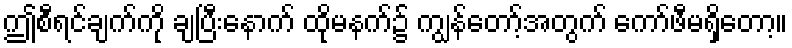
ဤစီရင်ချက်ကို ချပြီးနောက် ထိုမနက်၌ ကျွန်တော့်အတွက် ကော်ဖီမရှိတော့။